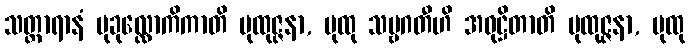
သတ္ထာရာနံ မုခုလ္လောကိကာတိ ပုထုဇ္ဇနာ, ပုထု သဗ္ဗဂတီဟိ အဝုဋ္ဌိတာတိ ပုထုဇ္ဇနာ, ပုထု